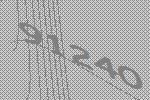
91240